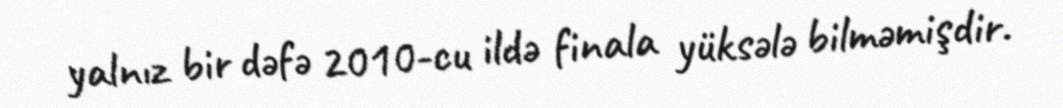
yalnız bir dəfə 2010-cu ildə finala yüksələ bilməmişdir.